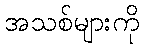
အသစ်များကို